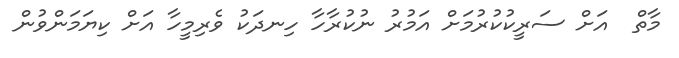
މާތް  އަށް ސަރީކުކުރުމަށް އަމުރު ނުކުރާހާ ހިނދަކު ވެރިމީހާ އަށް ކިޔަމަންވުން